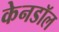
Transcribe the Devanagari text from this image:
केनडॉल